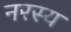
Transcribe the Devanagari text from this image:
नरस्य